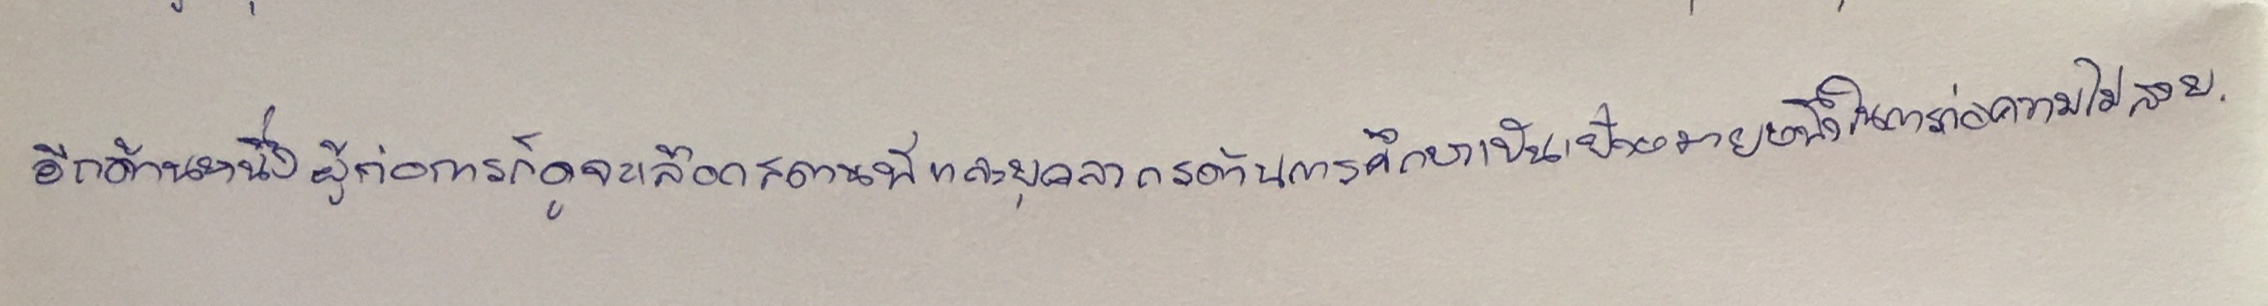
อีกด้านหนึ่งผู้ก่อการก็ดูจะเลือกสถานที่และบุคลากรด้านการศึกษาเป็นเป้าหมายหนึ่งในการก่อความไม่สงบ